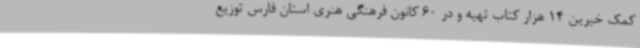
کمک خیرین 14 هزار کتاب تهیه و در 60 کانون فرهنگی هنری استان فارس توزیع